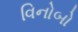
વિનોબો